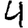
Digit: 4